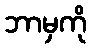
ဘာမှကို